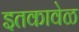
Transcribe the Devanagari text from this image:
इतकावेळ